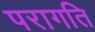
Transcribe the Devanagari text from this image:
परागति